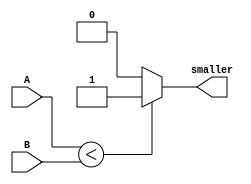
`timescale 1ns / 1ps
module comparator(input [3:0] A, input [3:0] B, output reg smaller);
//parameter datain_width = 4;
//input [datain_width-1:0] A;
//input [datain_width-1:0] B;
//output reg smaller;
always @ (A,B)
begin 
    if (A[3:0] < B[3:0])
        smaller = 1'b1;
    else
        smaller = 1'b0;
end 
endmodule